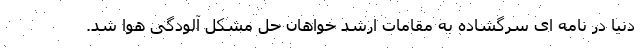
دنیا در نامه ای سرگشاده به مقامات ارشد خواهان حل مشکل آلودگی هوا شد.